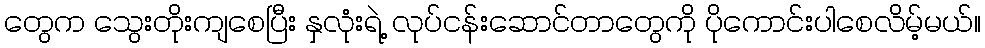
တွေက သွေးတိုးကျစေပြီး နှလုံးရဲ့ လုပ်ငန်းဆောင်တာတွေကို ပိုကောင်းပါစေလိမ့်မယ်။